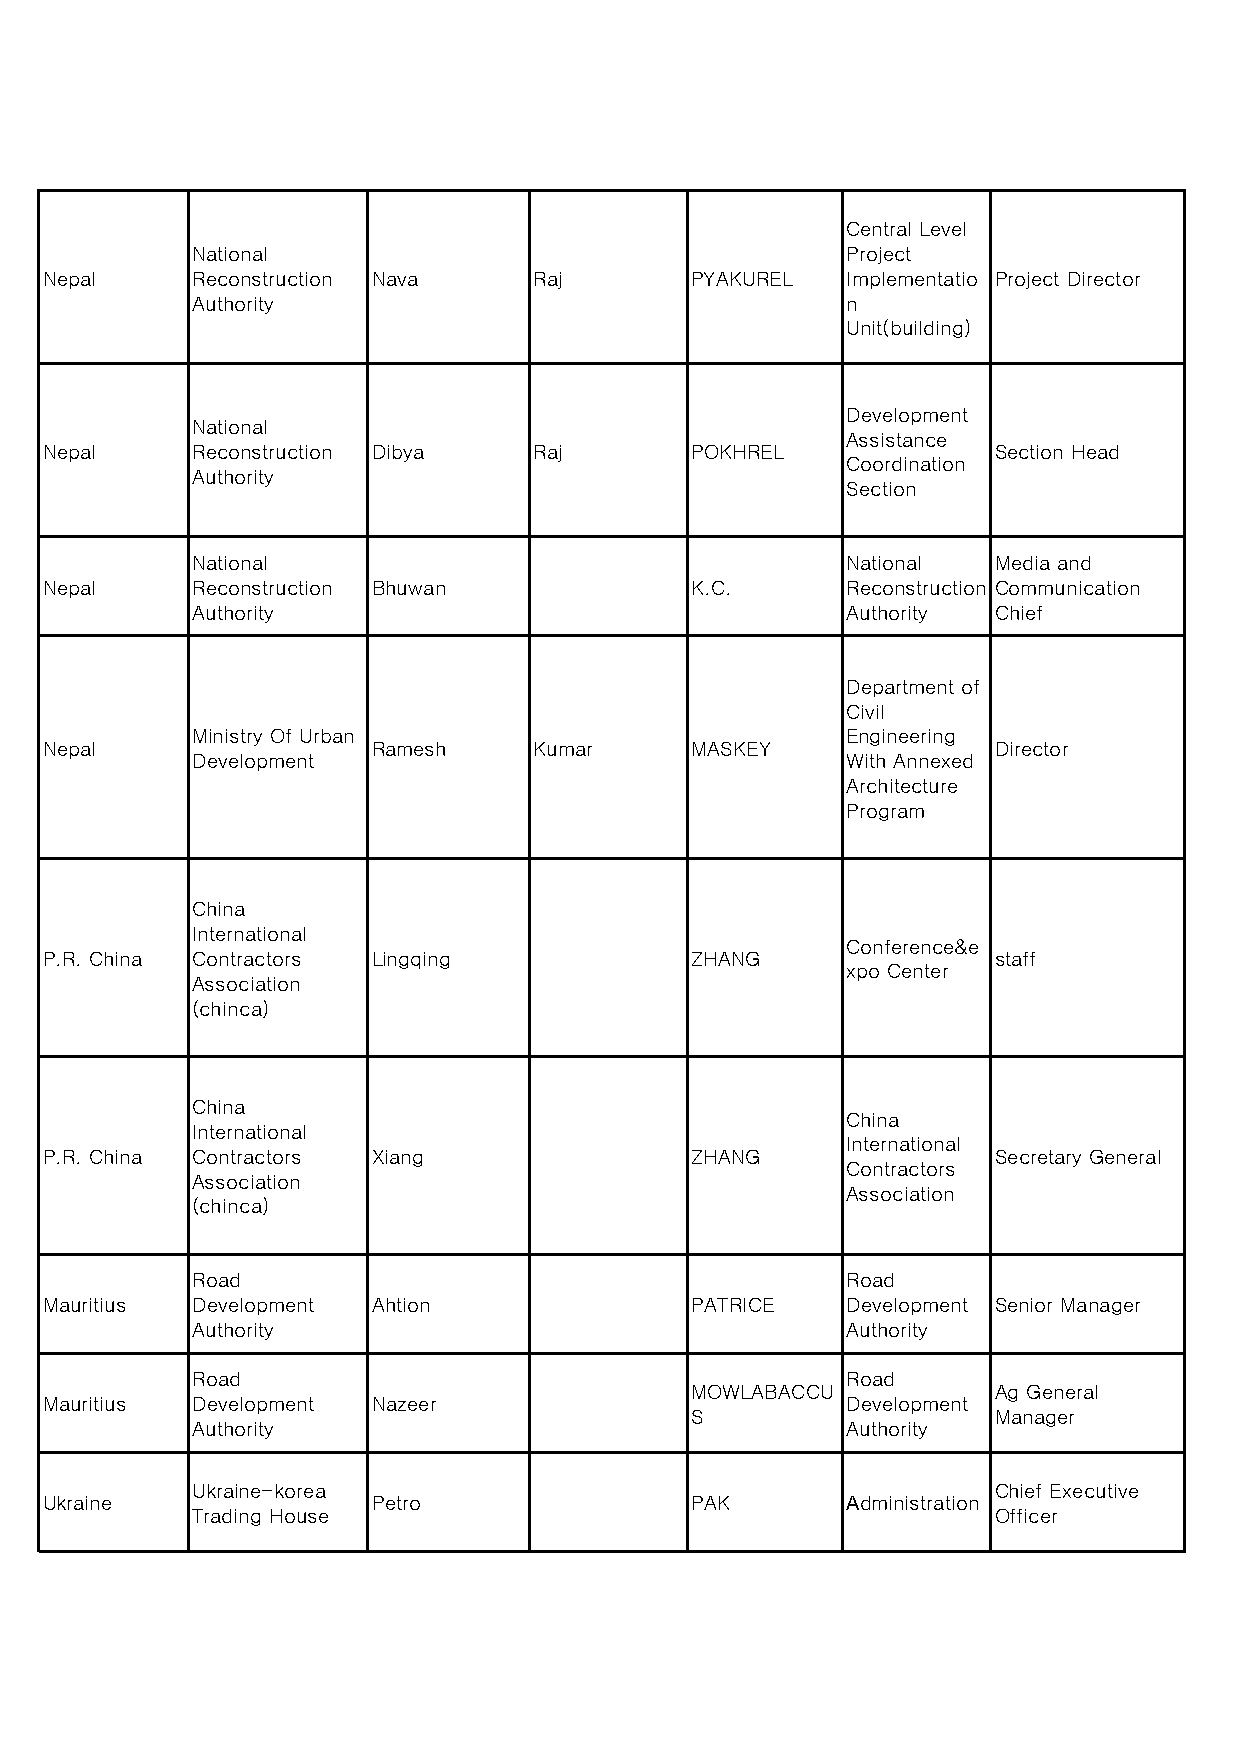
Central Level
 National                                   Project
 Nepal     Reconstruction Nava   Raj        PYAKUREL  Implementatio Project Director
 Authority                                  n
 Unit(building)
 Development
 National
 Assistance
 Nepal     Reconstruction Dibya  Raj        POKHREL             Section Head
 Coordination
 Authority
 Section
 National                                   National  Media and
 Nepal     Reconstruction Bhuwan            K.C.      Reconstruction Communication
 Authority                                  Authority Chief
 Department of
 Civil
 Ministry Of Urban                          Engineering
 Nepal                 Ramesh    Kumar      MASKEY              Director
 Development                                With Annexed
 Architecture
 Program
 China
 International
 Conference&e
 P.R. China Contractors Lingqing            ZHANG               staff
 xpo Center
 Association
 (chinca)
 China
 China
 International
 International
 P.R. China Contractors Xiang               ZHANG               Secretary General
 Contractors
 Association
 Association
 (chinca)
 Road                                       Road
 Mauritius Development Ahtion               PATRICE   Development Senior Manager
 Authority                                  Authority
 Road                                       Road
 MOWLABACCU          Ag General
 Mauritius Development Nazeer                         Development
 S                   Manager
 Authority                                  Authority
 Ukraine-korea                                        Chief Executive
 Ukraine               Petro                PAK       Аdministration
 Trading House                                        Officer